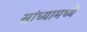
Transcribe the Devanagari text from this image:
सांध्यामध्ये